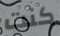
كنت